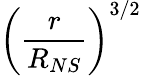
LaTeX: \left(\frac{r}{R_{NS}}\right)^{3/2}